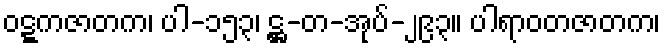
ဝဋ္ဋကဇာတက၊ ပါ-၁၅၃၊ ဋ္ဌ-တ-အုပ်-၂၉၃။ ပါရာဝတဇာတက၊